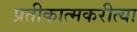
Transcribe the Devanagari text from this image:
प्रतीकात्मकरीत्या